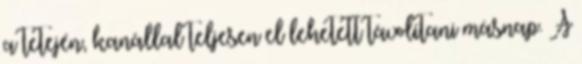
a tetején, kanállal teljesen el lehetett távolítani másnap. A